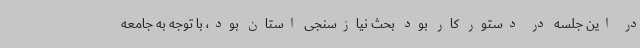
در این جلسه در دستور کار بود بحث نیازسنجی استان بود، با توجه به جامعه